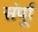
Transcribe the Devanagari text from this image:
संर्पूा